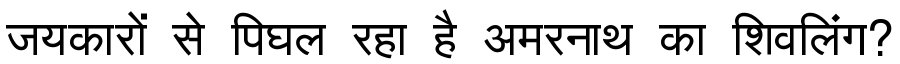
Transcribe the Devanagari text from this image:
जयकारों से पिघल रहा है अमरनाथ का शिवलिंग?